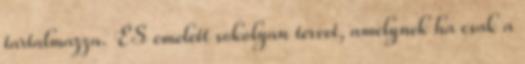
tartalmazza. ÉS emelett sokolyan tervet, amelynek ha csak a